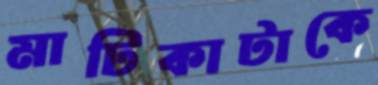
মাটিকাটাকে